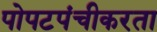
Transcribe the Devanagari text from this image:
पोपटपंचीकरता